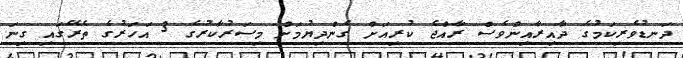
ދަނޑުވެރިކަމުގެ ދާއިރާއިންވެސް ރާއްޖެ ކުރިއަށް ގެންދިޔުމަށް މިސަރުކާރުގެ 3 އަހަރުގެ ތެރޭގައި ގިނަ